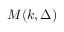
M ( k , \Delta )